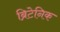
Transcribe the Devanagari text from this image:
ब्रिटेनिक